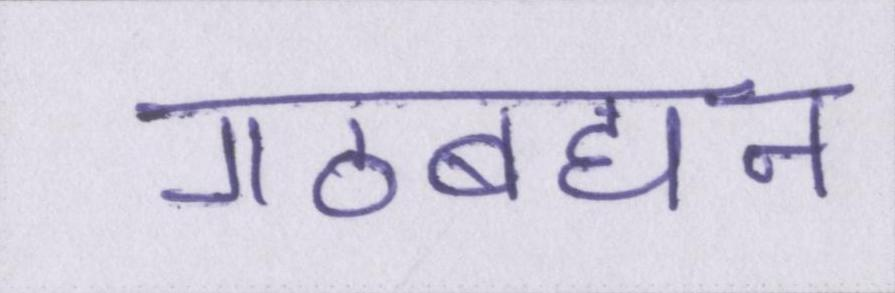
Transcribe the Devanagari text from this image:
गठबंधन